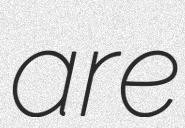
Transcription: are